Scientific memoirs by medical officers of the Army of India - Part XII,
Year: 1901
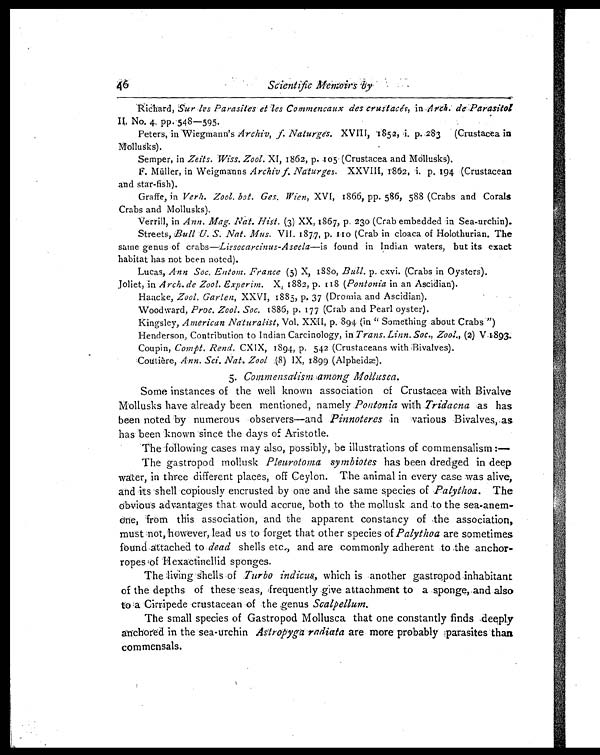
46
Scient i fic Memoirs by
Richard, Sur les Parasites et 'les Commencaux des crustacés, in Arch. de Parasitol
II. No. 4, pp. 548—595.
Peters, in Wiegmann's Archiv, f. Naturges. XVIII, 1852, i. p. 283 (Crustacea in
Mollusks).
Semper, in Zeits. Wiss. Zool. XI, 1862, p. 105 (Crustacea and Mollusks).
F. Müller, in Weigmanns Archiv f. Naturges. XXVIII, 1862, i. p. 194 (Crustacean
and star-fish).
Graffe, in Verh. Zool. bot. Ges. Wien, XVI, 1866, pp. 586, 588 (Crabs and Corals
Crabs and Mollusks).
Verrill, in Ann. Mag. Nat. Hist. (3) XX, 1867, p. 230 (Crab embedded in Sea-urchin).
Streets, Bull U. S. Nat. Mus. VII. 1877, p. 110 (Crab in cloaca of Holothurian. The
same genus of crabs— Lissocarcinus- Asecla—is found in Indian waters, but its exact
habitat has not been noted).
Lucas, Ann Soc. Entom. France (5) X, 1880, Bull. p. cxvi. (Crabs in Oysters).
Joliet, in Arch. de Zool. Experim. X, 1882, p. 118 (Pontonia in an Ascidian).
Haacke, Zool. Garten, XXVI, 1885, p. 37 (Dromia and Ascidian).
Woodward, Proc. Zool. Soc. 1886, p. 177 (Crab and Pearl oyster).
Kingsley, American Naturalist, Vol. XXII, p. 894 (in " Something about Crabs")
Henderson, Contribution to Indian Carcinology, in Trans. Linn. Soc., Zool., (2) V.1893.
Coupin, Compt. Rend. CXIX, 1894, p. 542 (Crustaceans with Bivalves).
Coutière, Ann. Sci. Nat. Zool (8) IX, 1899 (Alpheidæ).
5. Commensalism among Mollusca.
Some instances of the well known association of Crustacea with Bivalve
Mollusks have already been mentioned, namely Pontonia with Tridacna as has
been noted by numerous observers—and Pinnoteres in various Bivalves, as
has been known since the days of Aristotle.
The following cases may also, possibly, be illustrations of commensalism:—
The gastropod mollusk Pleurotoma symbiotes has been dredged in deep
water, in three different places, off Ceylon. The animal in every case was alive,
and its shell copiously encrusted by one and the same species of Palythoa. The
obvious advantages that would accrue, both to the mollusk and to the sea-anem-
one, from this association, and the apparent constancy of the association,
must not, however, lead us to forget that other species of Palythoa are sometimes
found attached to dead shells etc., and are commonly adherent to the anchor-
ropes of Hexactinellid sponges.
The living Shells of Turbo indicus, which is another gastropod inhabitant
of the depths of these seas, frequently give attachment to a sponge, and also
to a Cirripede crustacean of the genus Scalpellum.
The small species of Gastropod Mollusca that one constantly finds deeply
anchored in the sea-urchin Astropyga radiata are more probably parasites than
commensals.